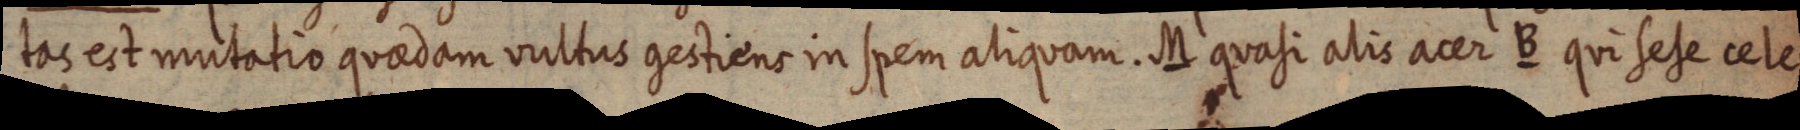
tas est mutatio quaedam vultus gestiens in spem aliquam. M qvasi alis acer B qui sese cele